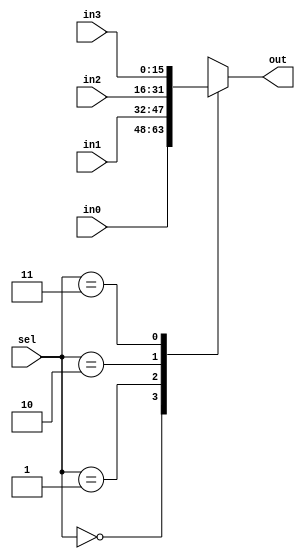
module mux_16_4inputs (in0, in1, in2, in3, sel, out); 

input [15:0] in0; 
input [15:0] in1;
input [15:0] in2;
input [15:0] in3;  
input [1:0] sel;
output reg [15:0] out;

	always @(sel or in0 or in1 or in2 or in3 )
	begin
		case (sel)
			2'b00  : out <= in0;
			2'b01  : out <= in1;
			2'b10  : out <= in2;
			2'b11  : out <= in3;
			default : out <= 16'bXXXXXXXXXXXXXXXX; 
		endcase
	end

endmodule